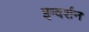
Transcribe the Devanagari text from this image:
इन्वर्शन